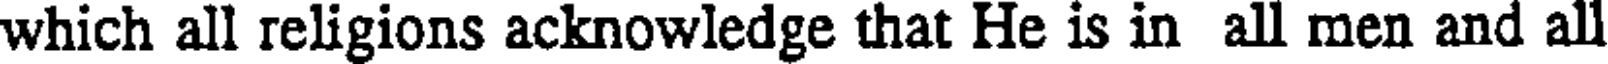
which all religions acknowledge that He is in all men and all